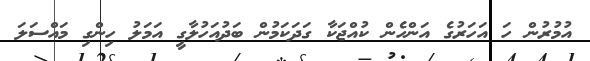
އުމުރުން ހަ އަހަރުގެ އަންހެން ކުއްޖަކާ ގަދަކަމުން ބަދުއަހުލާގީ އަމަލު ހިންގި މައްސަލަ